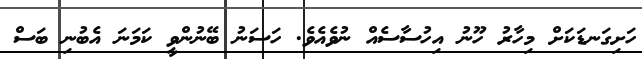
ހަށިގަނޑަކަށް މިހާރު ހޫނު އިހުސާސެއް ނުވެއެވެ. ހަސަނު ބޭނުންވީ ކަމަނަ އެބުނި ބަސް